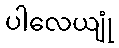
ပါလေယျုံ